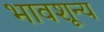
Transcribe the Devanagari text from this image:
भावशून्‍य